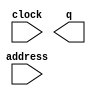
module TerrainMap (
	address,
	clock,
	q);

	input	[16:0]  address;
	input	  clock;
	output	[2:0]  q;
`ifndef ALTERA_RESERVED_QIS
// synopsys translate_off
`endif
	tri1	  clock;
`ifndef ALTERA_RESERVED_QIS
// synopsys translate_on
`endif

endmodule